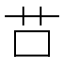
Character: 𦬅